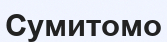
Сумитомо